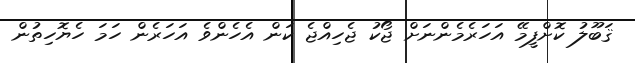
ޤަބޫލު ކޮށްފީމޭ އަހަރެމެންނަށް ޖޯކު ޖެހިއްޖެ ކަން އެހެންވެ އަހަރެން ހަމަ ހެޔޮހިތުން